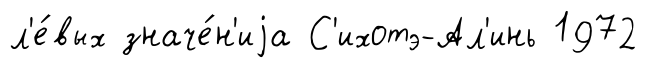
л'е́вых значе́н'иjа С'ихотэ-Ал'инь 1972